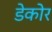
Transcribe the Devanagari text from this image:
डेकोर